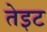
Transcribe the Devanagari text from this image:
तेइट